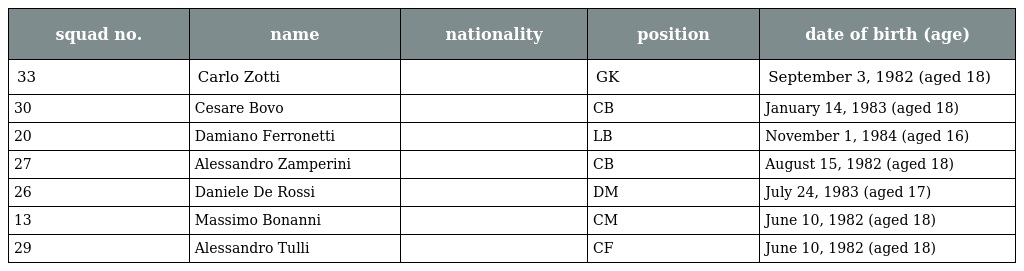
| squad no. | name | nationality | position | date of birth (age) |
 | --- | --- | --- | --- | --- |
 | 33 | Carlo Zotti |  | GK | September 3, 1982 (aged 18) |
 | 30 | Cesare Bovo |  | CB | January 14, 1983 (aged 18) |
 | 20 | Damiano Ferronetti |  | LB | November 1, 1984 (aged 16) |
 | 27 | Alessandro Zamperini |  | CB | August 15, 1982 (aged 18) |
 | 26 | Daniele De Rossi |  | DM | July 24, 1983 (aged 17) |
 | 13 | Massimo Bonanni |  | CM | June 10, 1982 (aged 18) |
 | 29 | Alessandro Tulli |  | CF | June 10, 1982 (aged 18) |